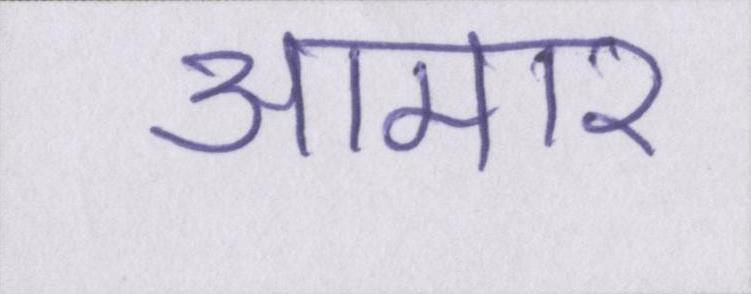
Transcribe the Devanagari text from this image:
आमार